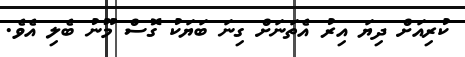
ކުރިއަށް ދިޔަ އިރު އެތަނަށް ގިނަ ބަޔަކު ގޮސް މޫނު ބެލި އެވެ.